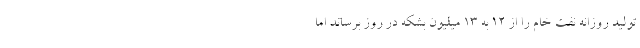
تولید روزانه نفت خام را از 12 به 13 میلیون بشکه در روز برساند اما